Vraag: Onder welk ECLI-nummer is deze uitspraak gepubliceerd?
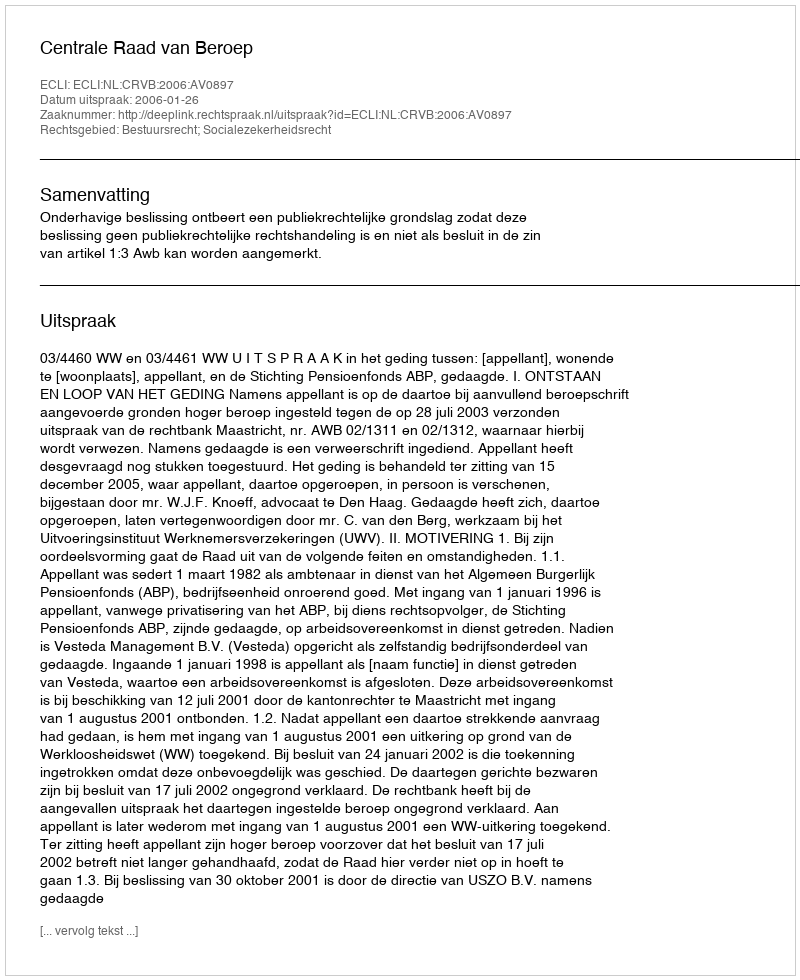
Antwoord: ECLI:NL:CRVB:2006:AV0897